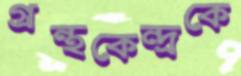
গ্রন্থকেন্দ্রকে